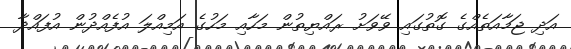
އަދި ޖަމާއަތެއްގެ ގޮތުގައި ވޭވަށު ރައްޔިތުން މަހާއި މަހުގެ އަމިއްލަ އުފެއްދުން އުފައްދާ